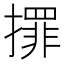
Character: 𢶀